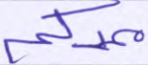
ممدكم